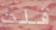
قلت